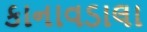
કાનાવડાલા